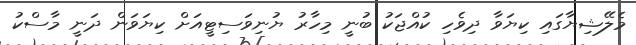
މެލޭޝިޔާގައި ކިޔަވާ ދިވެހި ކުއްޖަކު ބުނީ މިހާރު ޔުނިވަސިޓީއަށް ކިޔަވަން ދަނީ މާސްކު